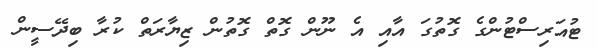
ޓުއަރިސްޓުންގެ ގޮތުގަ އާއި އެ ނޫން ގޮތް ގޮތުން ޒިޔާރަތް ކުރާ ބިދޭސީން